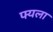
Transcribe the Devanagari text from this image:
फ्यला